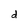
Character: d